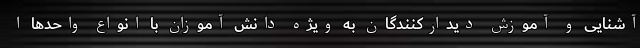
آشنایی و آموزش دیدارکنندگان به ویژه دانش آموزان با انواع واحدها ا